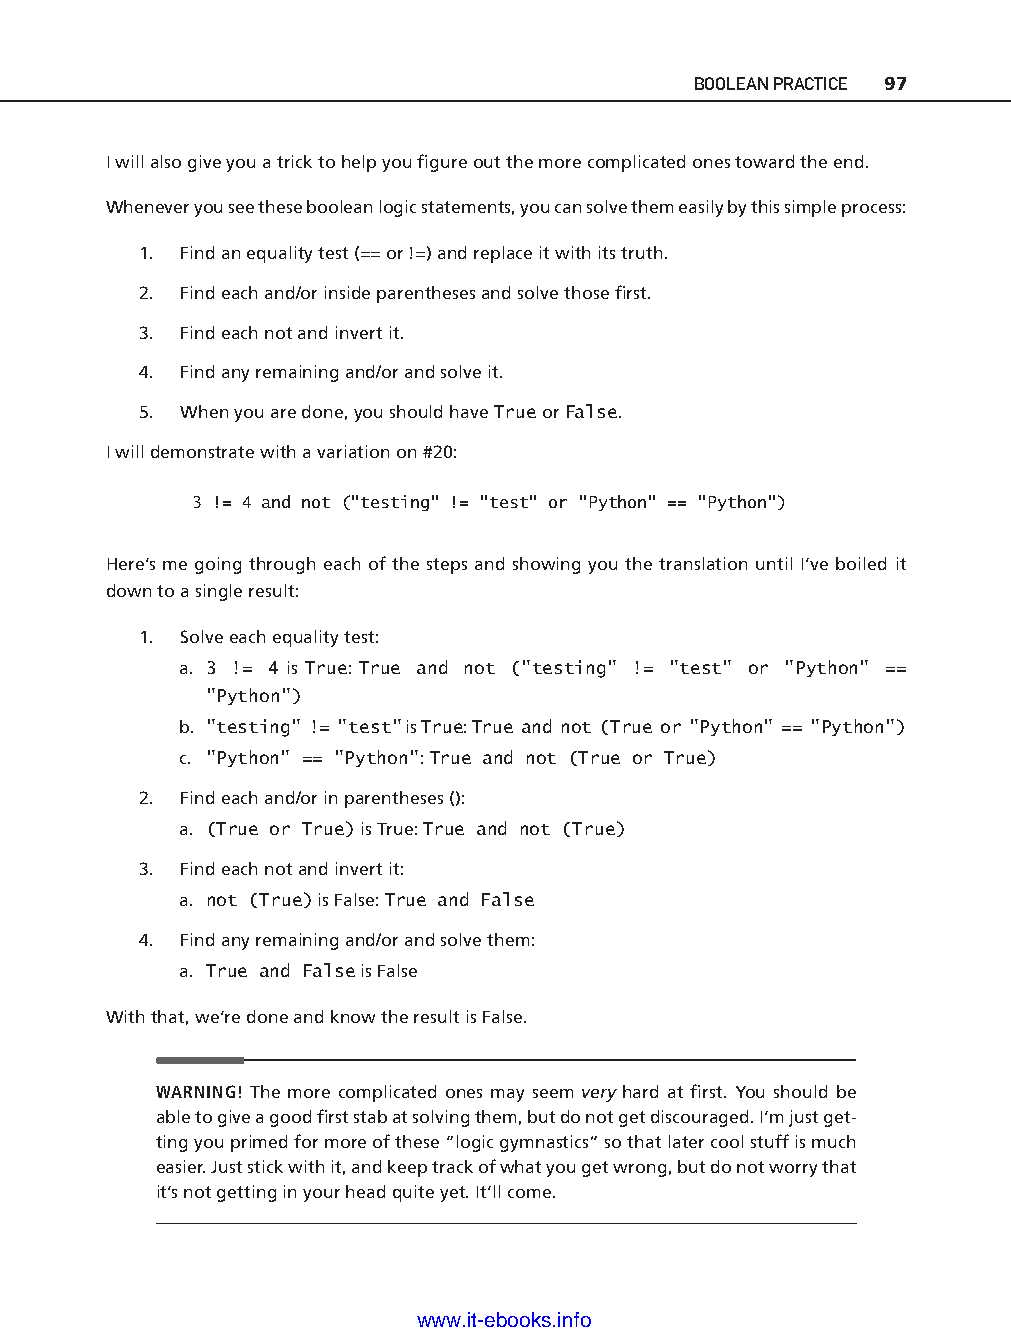
BOOLEAN PRACTICE 97
 I will also give you a trick to help you fi gure out the more complicated ones toward the end.
 Whenever you see these boolean logic statements, you can solve them easily by this simple process:
 1. Find an equality test (== or !=) and replace it with its truth.
 2. Find each and/or inside parentheses and solve those fi rst.
 3. Find each not and invert it.
 4. Find any remaining and/or and solve it.
 5. When you are done, you should have True or False.
 I will demonstrate with a variation on #20:
 3 != 4 and not ("testing" != "test" or "Python" == "Python")
 Here’s me going through each of the steps and showing you the translation until I’ve boiled it
 down to a single result:
 1. Solve each equality test:
 a. 3 != 4 is True: True and not ("testing" != "test" or "Python" ==
 ptg11539604
 "Python")
 b. "testing" != "test" is True: True and not (True or "Python" == "Python")
 c. "Python" == "Python": True and not (True or True)
 2. Find each and/or in parentheses ():
 a. (True or True) is True: True and not (True)
 3. Find each not and invert it:
 a. not (True) is False: True and False
 4. Find any remaining and/or and solve them:
 a. True and False is False
 With that, we’re done and know the result is False.
 WARNING! The more complicated ones may seem very hard at fi rst. You should be
 able to give a good fi rst stab at solving them, but do not get discouraged. I’m just get-
 ting you primed for more of these “logic gymnastics” so that later cool stuff is much
 easier. Just stick with it, and keep track of what you get wrong, but do not worry that
 it’s not getting in your head quite yet. It’ll come.
 www.it-ebooks.info